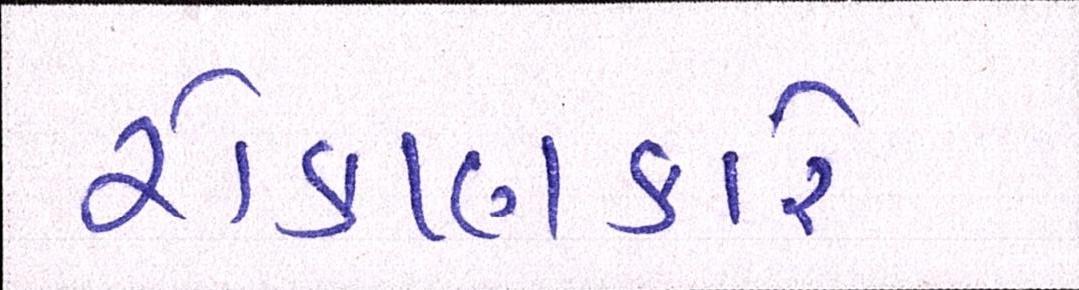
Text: રોકાણકારે